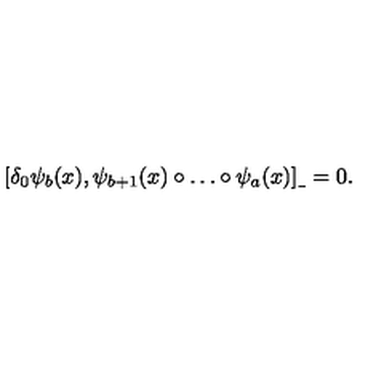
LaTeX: [ \delta _ { 0 } \psi _ { b } ( x ) , \psi _ { b + 1 } ( x ) \circ \dots \circ \psi _ { a } ( x ) ] _ { \_ } = 0 .